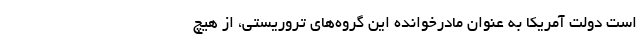
است دولت آمریکا به عنوان مادرخوانده این گروه‌های تروریستی، از هیچ